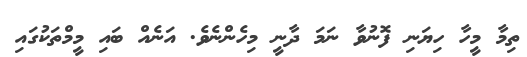
ތިމާ މީހާ ހިޔަނި ފޮނުވާ ނަމަ ދާނީ މިހެންނެވެ. އަނެއް ބައި މީމްތަކުގައި